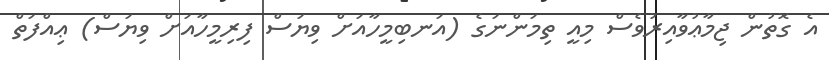
އެ ގޮތުން ޖިމާޢުވާއިރުވެސް މިއީ ތިމަންނަގެ (އަނބިމީހާއަށް ވިޔަސް ފިރިމީހާއަށް ވިޔަސް) ޢިއްފަތް